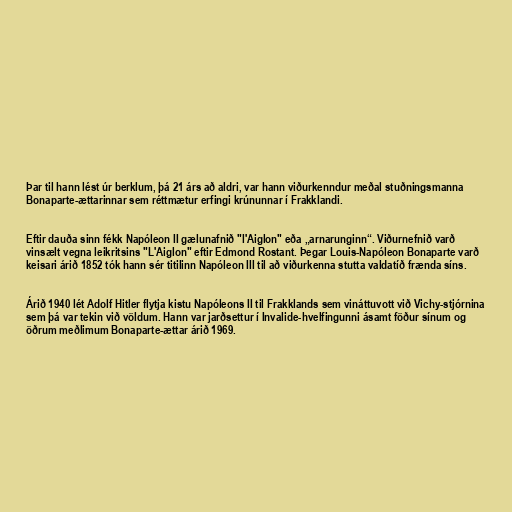
Þar til hann lést úr berklum, þá 21 árs að aldri, var hann viðurkenndur meðal stuðningsmanna
Bonaparte-ættarinnar sem réttmætur erfingi krúnunnar í Frakklandi.

Eftir dauða sinn fékk Napóleon II gælunafnið "l'Aiglon" eða „arnarunginn“. Viðurnefnið varð
vinsælt vegna leikritsins "L'Aiglon" eftir Edmond Rostant. Þegar Louis-Napóleon Bonaparte varð
keisari árið 1852 tók hann sér titilinn Napóleon III til að viðurkenna stutta valdatíð frænda síns.

Árið 1940 lét Adolf Hitler flytja kistu Napóleons II til Frakklands sem vináttuvott við Vichy-stjórnina
sem þá var tekin við völdum. Hann var jarðsettur í Invalide-hvelfingunni ásamt föður sínum og
öðrum meðlimum Bonaparte-ættar árið 1969.